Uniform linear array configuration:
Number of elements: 8
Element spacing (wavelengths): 0.25
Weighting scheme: kaiser
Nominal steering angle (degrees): -30
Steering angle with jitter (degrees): -31.404
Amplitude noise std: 0.05
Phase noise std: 0.05

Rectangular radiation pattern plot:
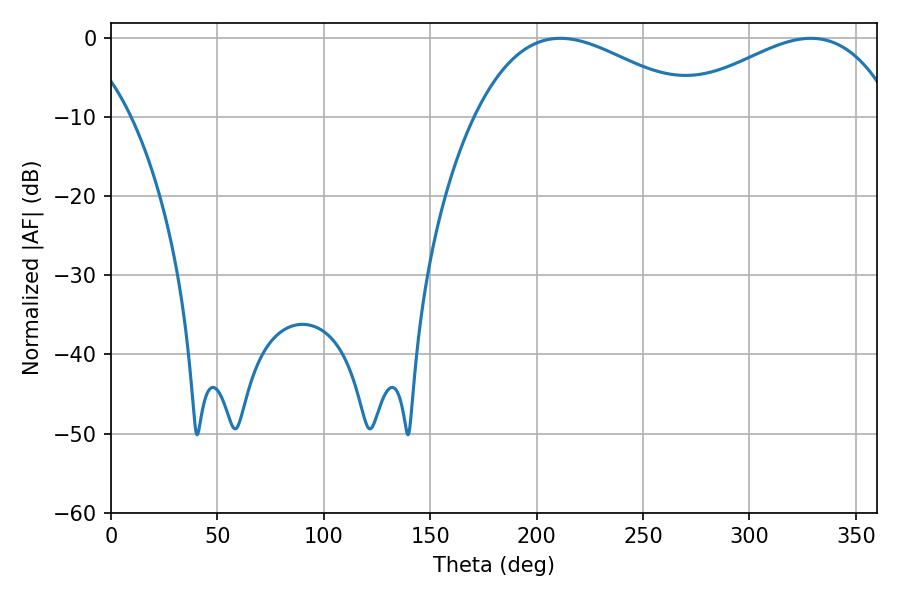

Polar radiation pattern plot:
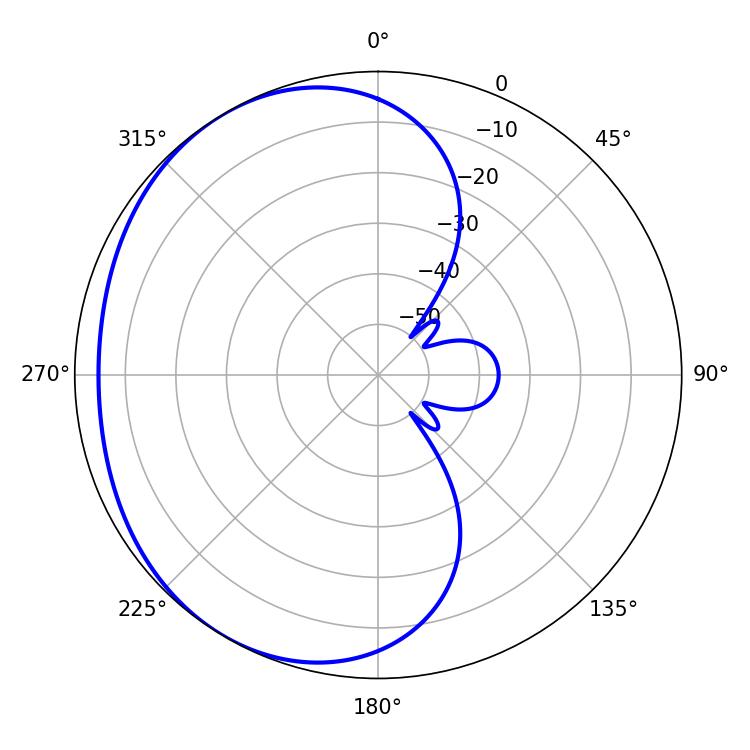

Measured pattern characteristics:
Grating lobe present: FALSE
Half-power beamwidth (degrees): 57.6
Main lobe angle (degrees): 211.14